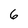
Character: 6